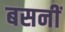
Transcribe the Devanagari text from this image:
बसनीं